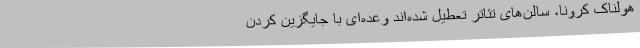
هولناک کرونا، سالن‌های تئاتر تعطیل شده‌اند وعده‌ای با جایگزین کردن